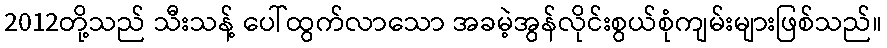
2012တို့သည် သီးသန့် ပေါ်ထွက်လာသော အခမဲ့အွန်လိုင်းစွယ်စုံကျမ်းများဖြစ်သည်။